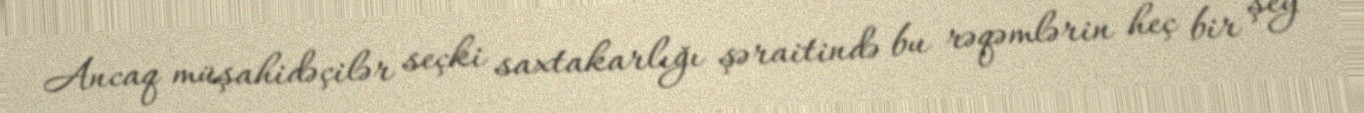
Ancaq müşahidəçilər seçki saxtakarlığı şəraitində bu rəqəmlərin heç bir şey